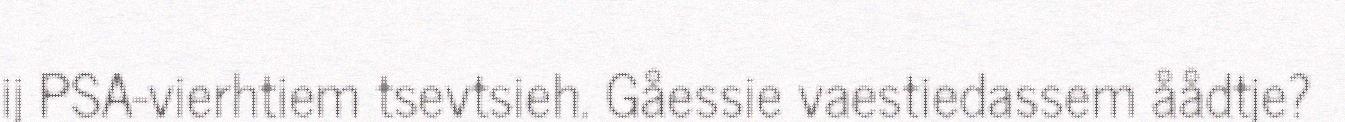
ij PSA-vierhtiem tsevtsieh. Gåessie vaestiedassem åådtje?